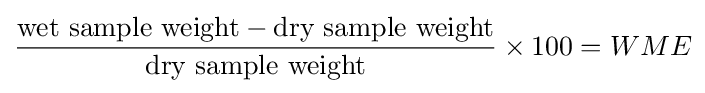
{\frac {{\text{wet sample weight}}-{\text{dry sample weight}}}{\text{dry sample weight}}}\times 100=WME